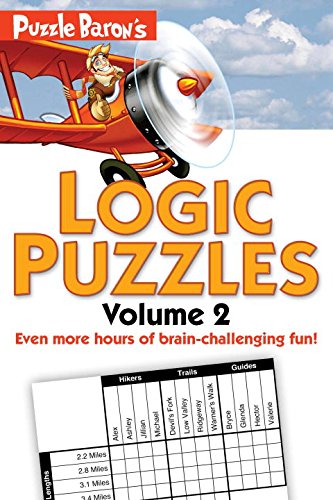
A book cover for Puzzle Baron's Logic Puzzles, Vol. 2; Puzzle Baron; Humor & Entertainment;